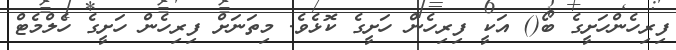
ފިރިހެންހަށީގެ ބޯ() އަކީ ފިރިހެން ހަށީގެ ކޮޅެވެ. މިތަނަށް ފިރިހެން ހަށީގެ ހެލްމެޓް